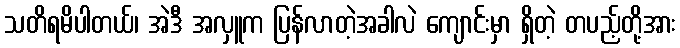
သတိရမိပါတယ်၊ အဲဒီ အလှူက ပြန်လာတဲ့အခါလဲ ကျောင်းမှာ ရှိတဲ့ တပည့်တို့အား